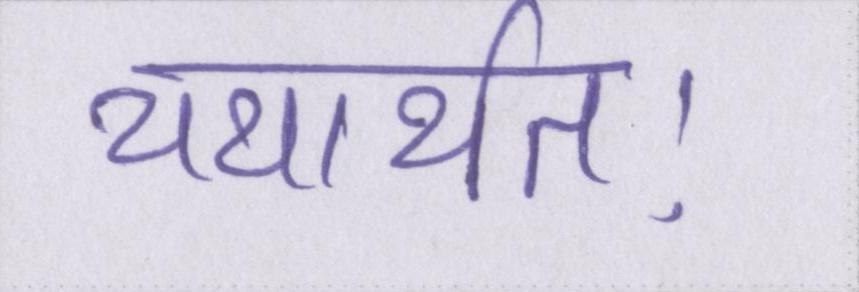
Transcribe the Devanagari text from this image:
यथार्थतः